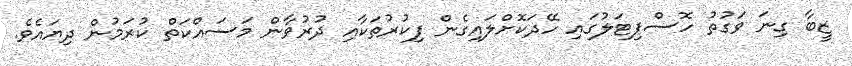
ޒީބާ ގިނަ ވަގުތު ހޮސްޕިޓަލުގައި ހޭދަކޮށްލައިގެން ފިކުރުތަކާއި ދުރުވާން މަސައްކަތް ކުރަމުން ދިޔައެވެ.